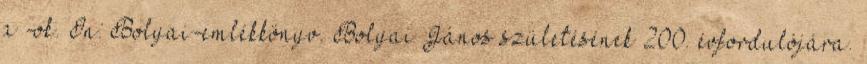
a -ok. In: Bolyai-emlékkönyv. Bolyai János születésének 200. évfordulójára.